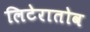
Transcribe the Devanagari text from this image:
लिटेरातोव